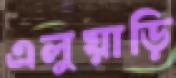
এলুয়াড়ি